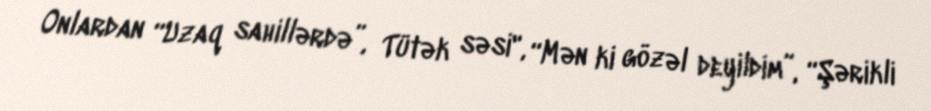
Onlardan “Uzaq sahillərdə”, Tütək səsi", “Mən ki gözəl deyildim”, “Şərikli